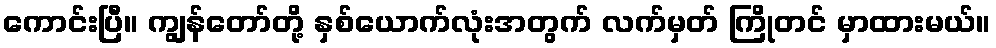
ကောင်းပြီ။ ကျွန်တော်တို့ နှစ်ယောက်လုံးအတွက် လက်မှတ် ကြိုတင် မှာထားမယ်။